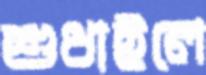
শুধাইলে